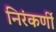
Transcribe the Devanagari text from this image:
निरंकर्णी